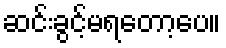
ဆင်းခွင့်မရတော့ပေ။